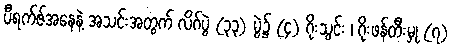
ပီရက်ဇ်အနေနဲ့ အသင်းအတွက် လိဂ်ပွဲ (၃၃) ပွဲ၌ (၄) ဂိုးသွင်း ၊ ဂိုးဖန်တီးမှု (၇)